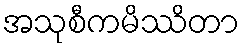
အသုစီကမိဿိတာ